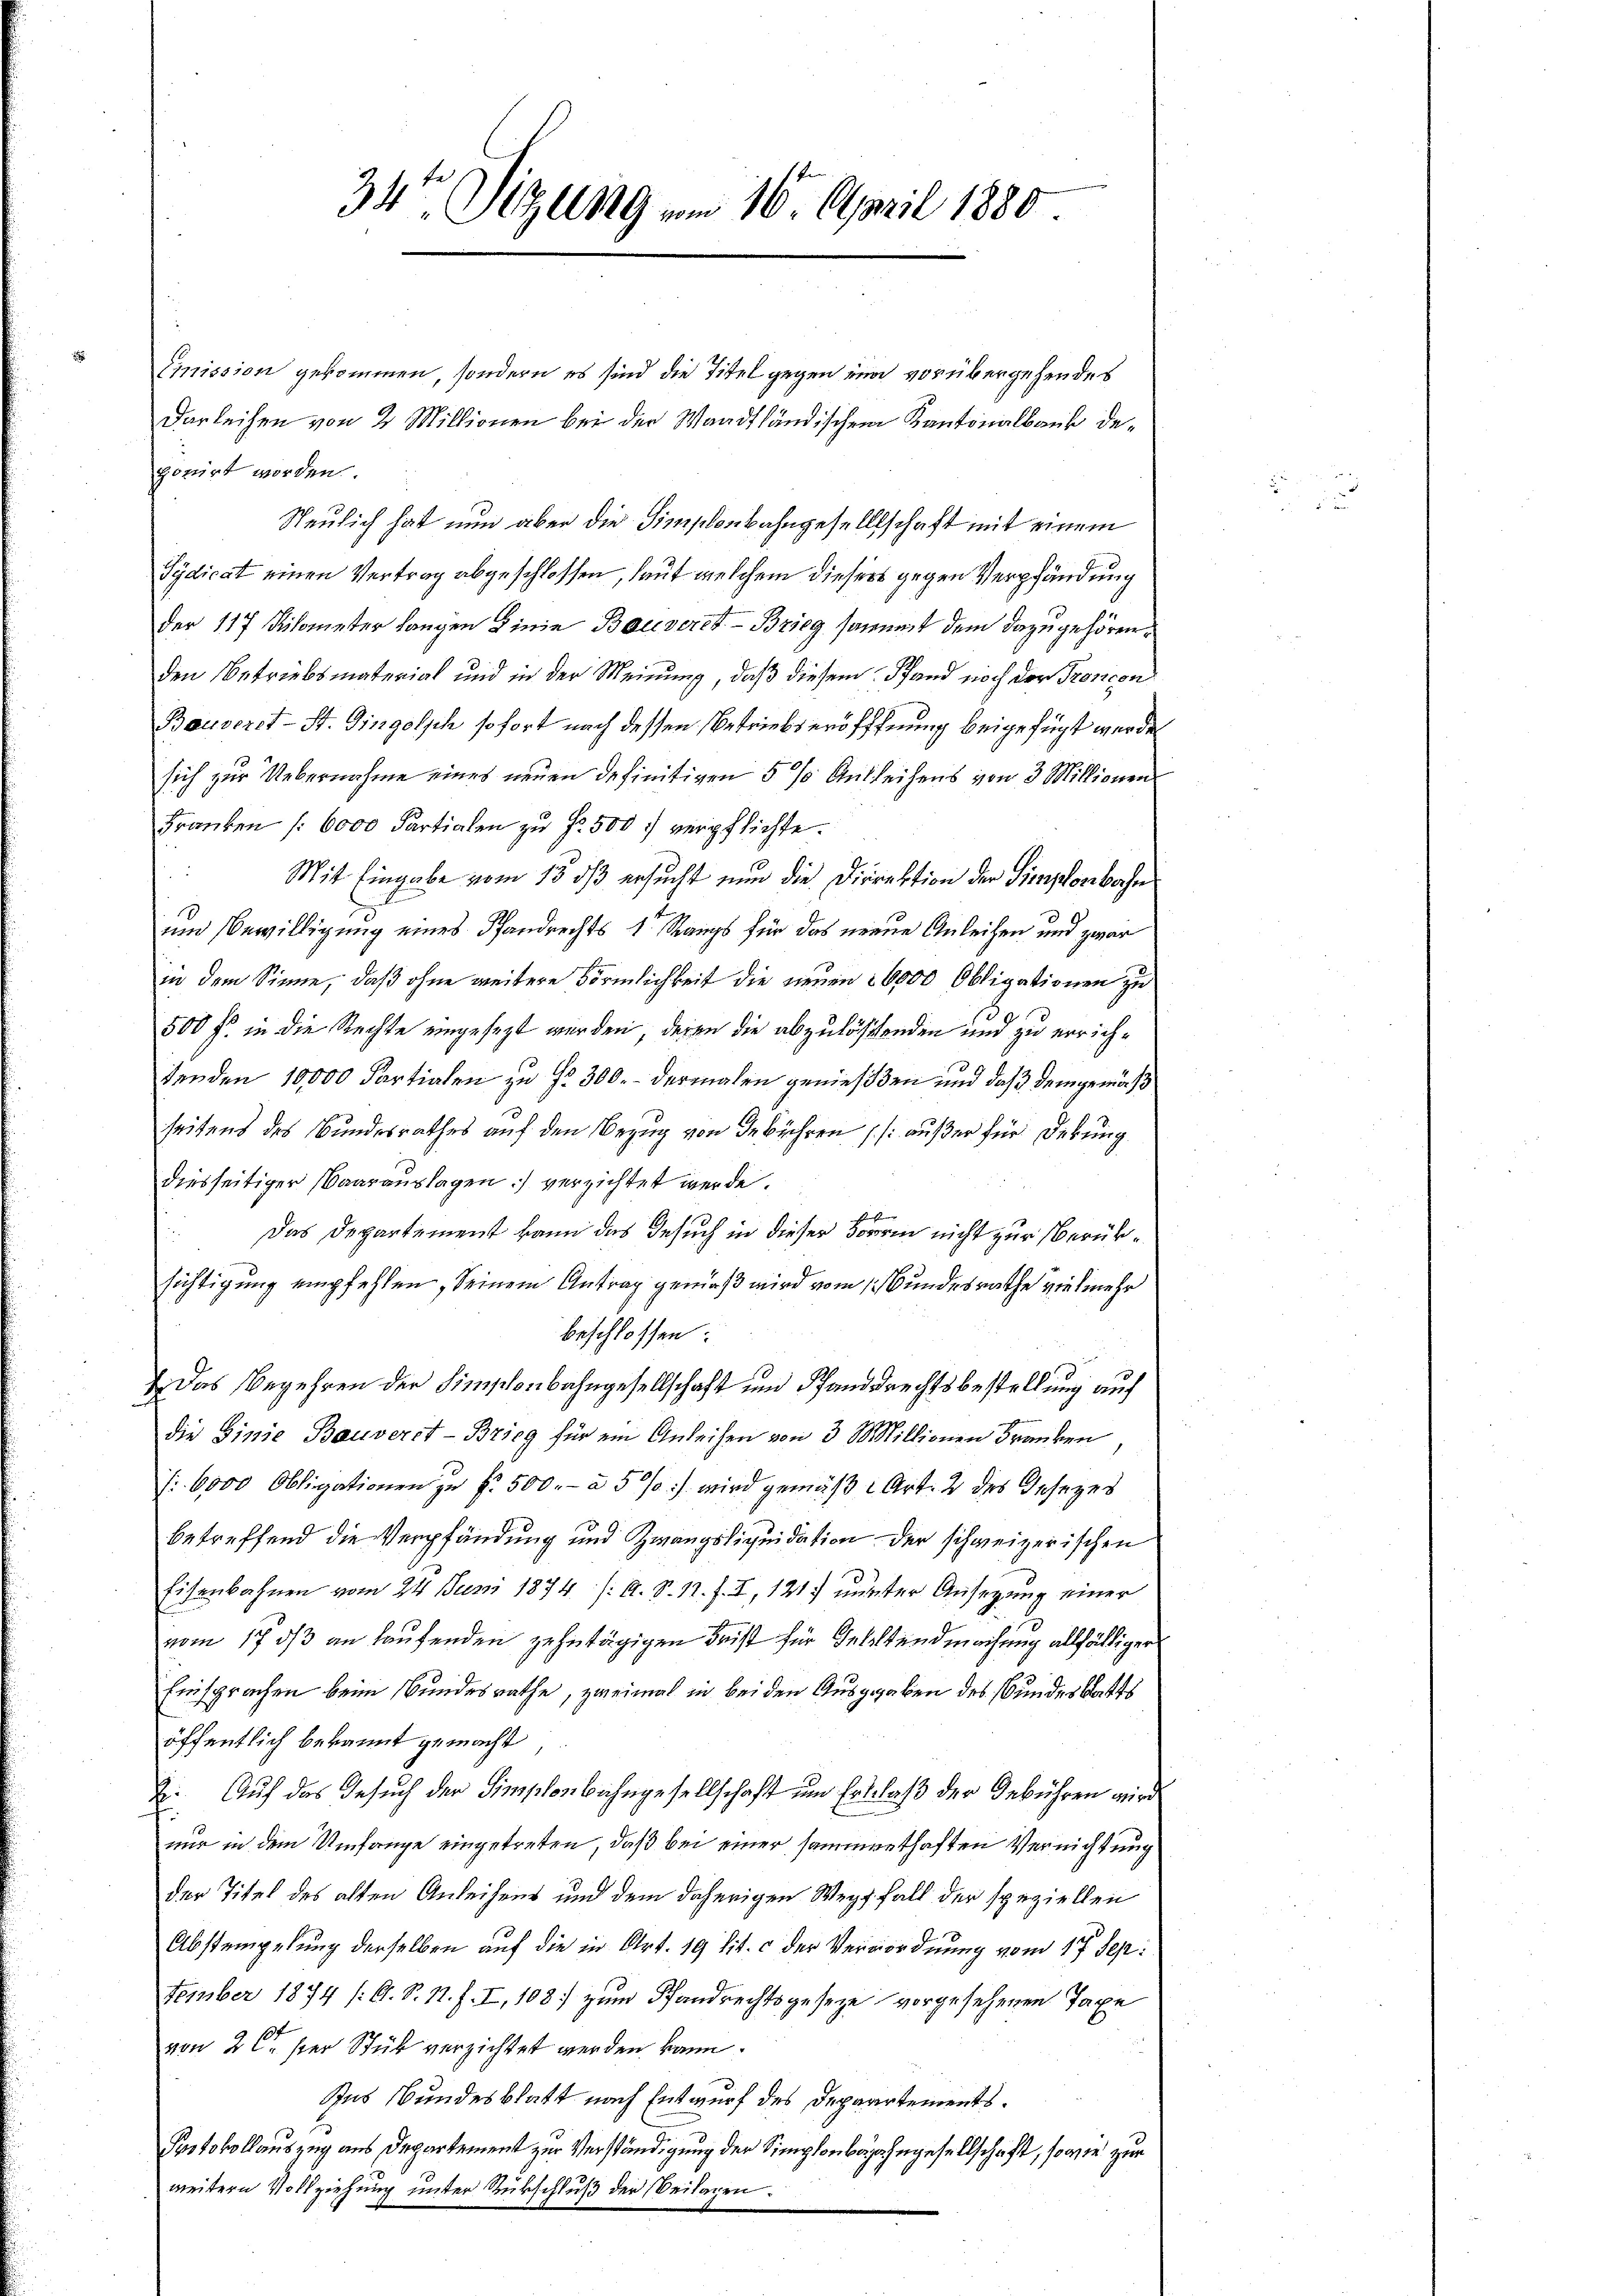
Emnission gekommen, sondern es sind die Titel gegen eine vorübergehendes
Darleihen von 2 Millionen bei der Waadtländischem Kantonalbank deporirt worden.
Neulich hat nun aber die Simplenbahngesellschaft mit einem
Sÿdicat einen Vertrag abgeschlossen, laut welchem diesers gegen Verpfändung
der 117 Kilometer langen Linie Bauveret - Brieg sammt dem dazugehören,
den Betriebsmaterial und in der Meinung, daß diesem Pfand noch der Proncon
Bauverst-St. Gingolsch sofort nach dessen Betriebs eröfffnung beigefügt werde.
sich zur Uebernahme eines neuen definitiven 5 % Anleihens von 3 Millionen
Franken [6000 Partialen zu Fr. 500. verpflichte.
 Mit Eingabe vom 15. dß ersucht nun die Direktion der Simpfenbahn
um Bewilligung eines Pfandrechts 1 Rangs für das neue Anleihen und zwar
in dem Sinne, daß ohne weitere Förmlichkeit die neuen 26000 Obligationen zu
500 f. in die Rechte eingesezt werden, deren die abzulöschenden und zu errichtenden 10000 Partialen zu Fr. 300.- dermalen geniessen und daß demgemäß
seitens des Bundesrathes auf den Bezug von de rühren /: außer für Debung
diesseitiger Baarauslagen) verzichtet werde.
b
Das Departement kann das Gesuch in dieser Form nicht zur Verüksichtigung empfehlen, seinem Antrag gemäß wird vom 1. Bundesrathe vielmehr
beschlossen:
 Das Begehren der Hinschenbahngesellschaft und Pfanddrechtsbestellung auf
die Ginie Bauverst - Brieg für ein Anleihen von 3 Millionen Franken,
:6,000 Obligationen zu Fr. 500.- à 5 % wird gemäß Art. 2 des Gesezes
betreffend die Verpfändung und Zwangsliquidation der schweizerischen
Eisenbahnen vom 24. Juni 1874 /: A. S. 11. f. I, 121) unter Ansezung einer
vom 17. ds an laufenden zehntägigen Frist für Gehaltendmachung allfälliger
Einsprachen beim Bundesrathe, zweimal in bei den Ausgaben des Bundesblatts
öffentlich bekannt gemacht
2. Auf das Gesuch der Simplonbahngesellschaft um Erblaß der Gebühren wird
nur in dem Umfange eingetreten, daß bei einer sammenthaften Vernichtung
der Titel des alten Anleihens und dem daherigen Wegfall der speziellen
Abstempelung derselben auf die in Art. 19 lit. c der Verordnung vom 17. Sep.
tember 1874 (O. S. N. F. I, 108 zum Pfandrechtsgeseze vorgesehenen Taxe
von 2 C. Hier Stük verzichtet werden kann.
Zus Bundesblatt nach Entwurf des Departements.
Protokollauszug aus Departement zur Verständigung der Simplonbajahngesellschaft, sowie zur
weitern Vollziehung unter Rückschluß der Beilagen.

34te Sitzung am 16. April 1880